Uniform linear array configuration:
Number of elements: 16
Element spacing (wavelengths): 0.25
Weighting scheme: blackman
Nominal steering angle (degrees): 30
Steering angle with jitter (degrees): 28.659
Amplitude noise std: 0.05
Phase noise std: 0.05

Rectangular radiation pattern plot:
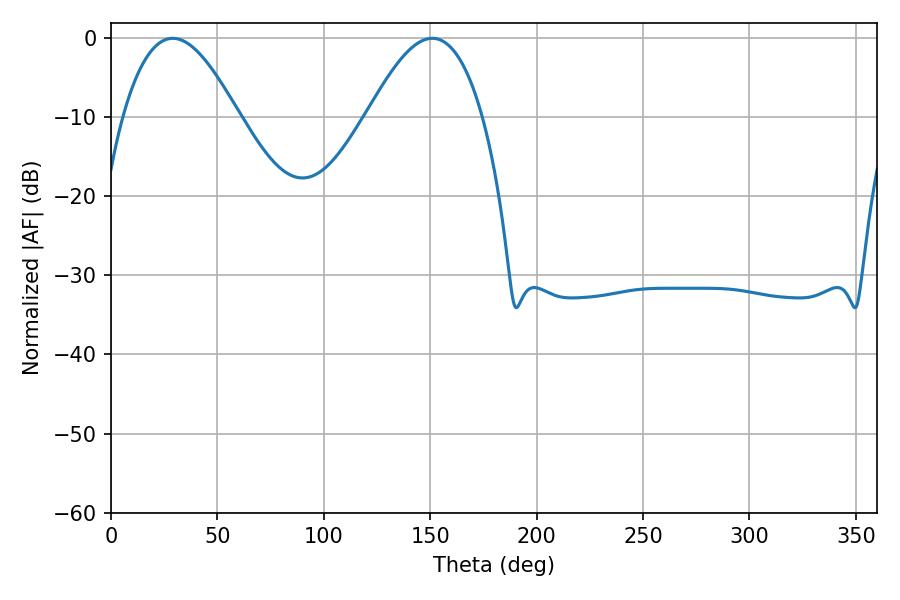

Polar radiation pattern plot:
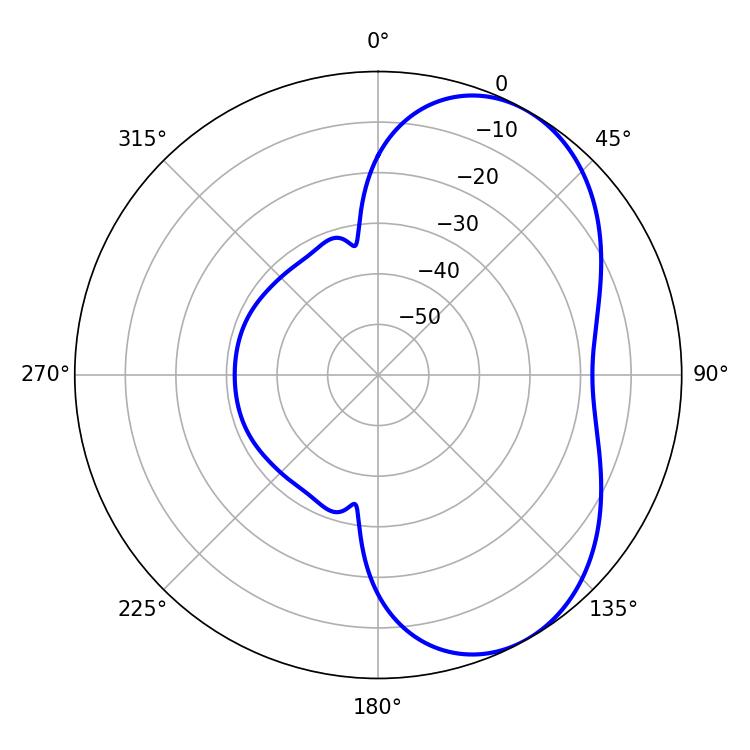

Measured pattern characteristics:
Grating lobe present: FALSE
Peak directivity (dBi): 5.346
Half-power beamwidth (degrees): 29.34
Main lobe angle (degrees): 28.98